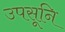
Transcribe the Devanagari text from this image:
उपसूनि